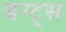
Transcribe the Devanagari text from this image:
बग्ट्स